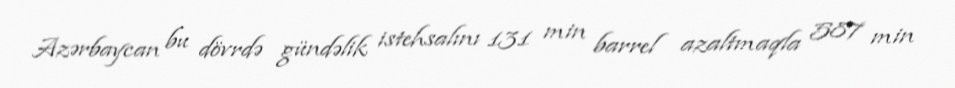
Azərbaycan bu dövrdə gündəlik istehsalını 131 min barrel azaltmaqla 587 min